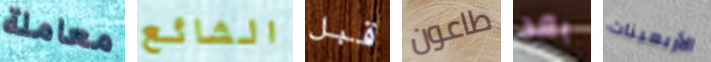
معاملة الشائع قبل طاعون بعد الأربعينات